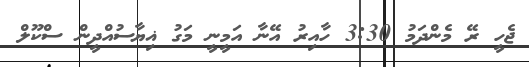
ޖެހީ ރޭ މެންދަމު 3:30 ހާއިރު އޭނާ އަމީނީ މަގު ޣިޔާސުއްދީން ސްކޫލް